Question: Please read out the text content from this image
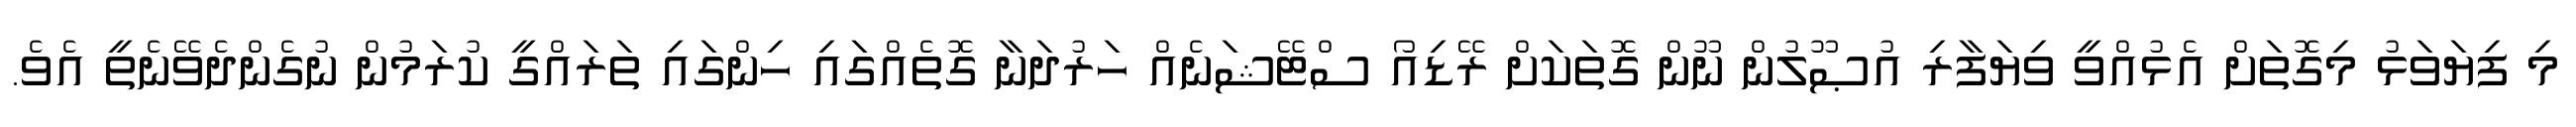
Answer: މި ފިޔަވަޅު މިގޮތަށް އެޅުއްވީ ވިޔަފާރި އުޞޫލުން ނޫން ގޮތަކަށް ރޭޑިއޯ ސްޓޭޝަނެއް ހަރުދަނާ ގޮތެއްގައި ހިންގައި ތަރައްގީ ކުރަމުން ނުގެންދެވޭނެތީ އެވެ.